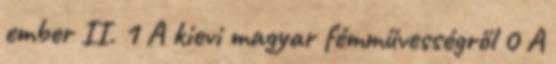
ember II. 1 A kievi magyar fémművességről 0 A